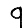
Digit: 9